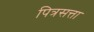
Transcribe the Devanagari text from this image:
पित्रसत्ता